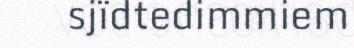
sjïdtedimmiem